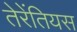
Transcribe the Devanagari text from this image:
तेरेंतियस